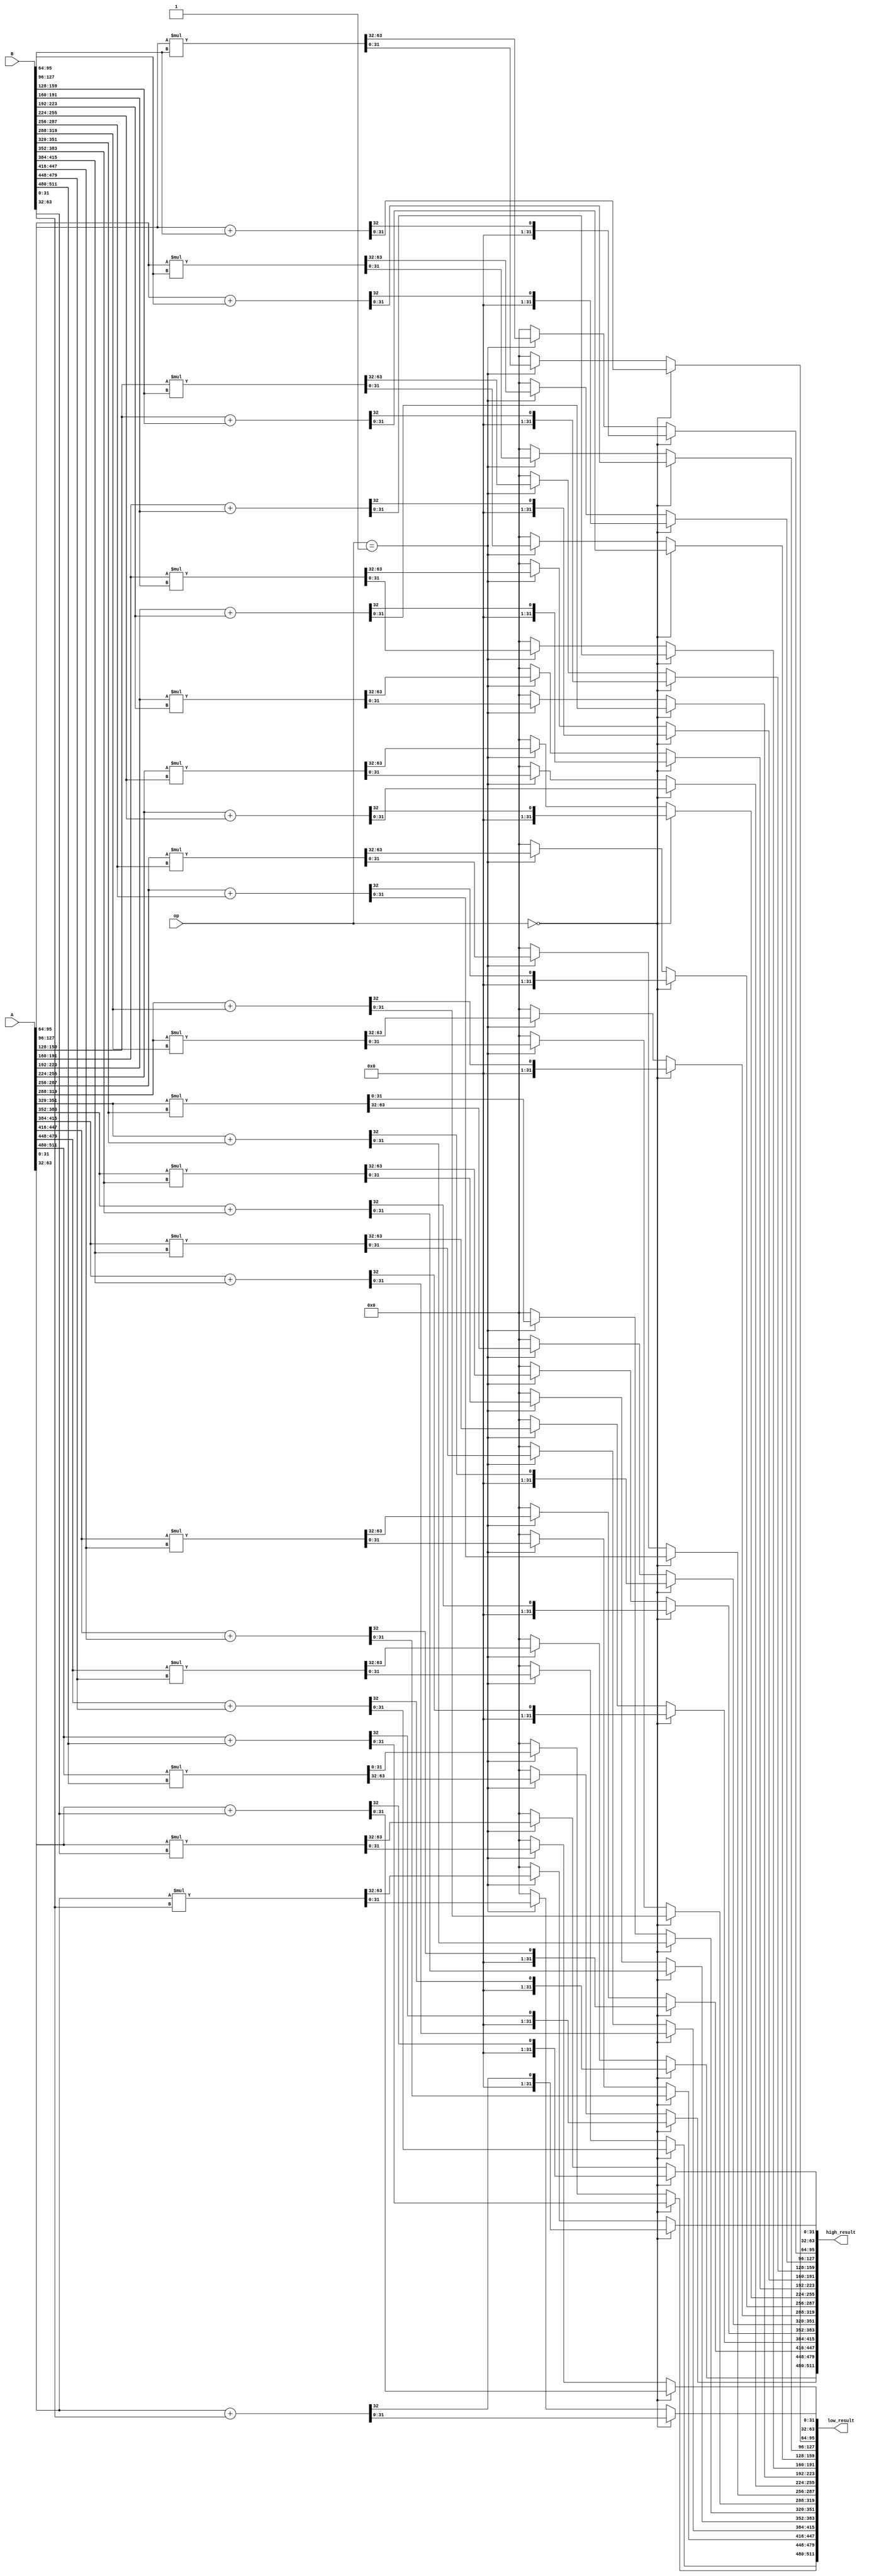
module ArithmeticUnit (
    input [511:0] A,
    input [511:0] B,
    input [2:0] op, 
    output reg [511:0] low_result,
    output reg [511:0] high_result
);

    wire [31:0] A_words [15:0];
    wire [31:0] B_words [15:0];
    wire [63:0] add_result [15:0];
    wire [63:0] mult_result [15:0];

    
    genvar i;
    generate
        for (i = 0; i < 16; i = i + 1) begin : word_split
            assign A_words[i] = A[i*32 +: 32];
            assign B_words[i] = B[i*32 +: 32];
            assign add_result[i] = A_words[i] + B_words[i];
            assign mult_result[i] = A_words[i] * B_words[i];
        end
    endgenerate

    integer j;
    always @(*) begin
        if (op == 3'b000) begin
           
            for (j = 0; j < 16; j = j + 1) begin
                low_result[j*32 +: 32] = add_result[j][31:0];
                high_result[j*32 +: 32] = add_result[j][63:32]; 
            end
        end else if (op == 3'b001) begin
        
            for (j = 0; j < 16; j = j + 1) begin
                low_result[j*32 +: 32] = mult_result[j][31:0];
                high_result[j*32 +: 32] = mult_result[j][63:32];
            end
        end else begin
           
            low_result = 512'b0;
            high_result = 512'b0;
        end
    end

endmodule